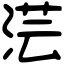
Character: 𣶽